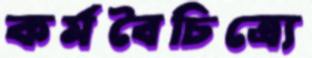
কর্মবৈচিত্র্যে